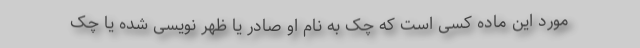
مورد این ماده کسی است که چک به نام او صادر یا ظهر نویسی شده یا چک